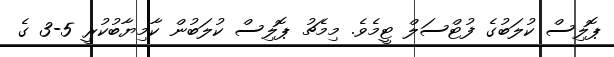
ޕޮލިސް ކުލަބުގެ ފުޓްސަލް ޓީމެވެ. މިމެޗު ޕޮލިސް ކުލަބުން ކާމިޔާބުކުރީ 5-3 ގެ